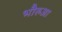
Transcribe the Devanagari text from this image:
भौरुआ